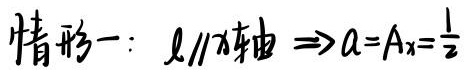
情形一：$l\parallel x轴 \Rightarrow a = A_x=\frac{1}{2}$